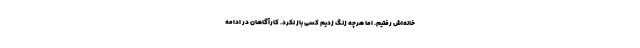
خانه‌اش رفتیم. اما هرچه زنگ زدیم کسی باز نکرد. کارآگاهان در ادامه